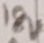
Text: 18V